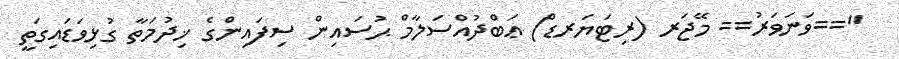
"==ވަނަވަރު== މޭޖަރ (ރިޓަޔަރޑް) ޢަބްދުއްސަލާމް ޙުސައިން ސިފައިންގެ ޚިދުމަތާ ގުޅިވަޑައިގަތީ